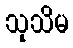
သုသိမ